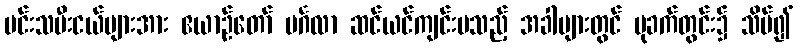
မင်းသမီးငယ်များအား ဧယာဉ်တော် မင်္ဂလာ ဆင်ယင်ကျင်းပသည့် အခါများတွင် ပုခက်တွင်း၌ သိပ်၍